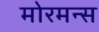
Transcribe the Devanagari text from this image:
मोरमन्स